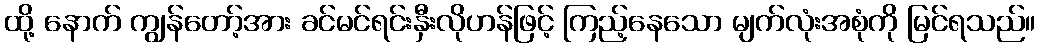
ထို့ နောက် ကျွန်တော့်အား ခင်မင်ရင်းနှီးလိုဟန်ဖြင့် ကြည့်နေသော မျက်လုံးအစုံကို မြင်ရသည်။